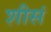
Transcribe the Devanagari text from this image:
शीसं